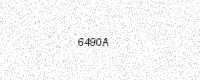
Text: 6490A